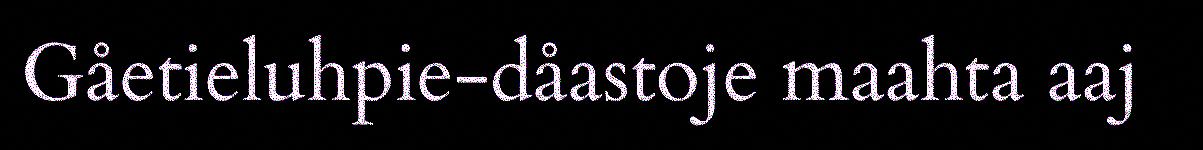
Gåetieluhpie-dåastoje maahta aaj